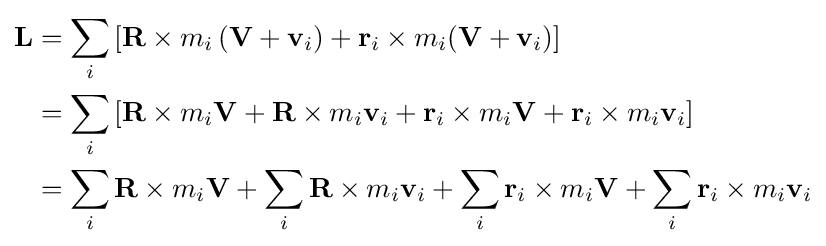
{\begin{aligned}\mathbf {L} &=\sum _{i}\left[\mathbf {R} \times m_{i}\left(\mathbf {V} +\mathbf {v} _{i}\right)+\mathbf {r} _{i}\times m_{i}(\mathbf {V} +\mathbf {v} _{i})\right]\\&=\sum _{i}\left[\mathbf {R} \times m_{i}\mathbf {V} +\mathbf {R} \times m_{i}\mathbf {v} _{i}+\mathbf {r} _{i}\times m_{i}\mathbf {V} +\mathbf {r} _{i}\times m_{i}\mathbf {v} _{i}\right]\\&=\sum _{i}\mathbf {R} \times m_{i}\mathbf {V} +\sum _{i}\mathbf {R} \times m_{i}\mathbf {v} _{i}+\sum _{i}\mathbf {r} _{i}\times m_{i}\mathbf {V} +\sum _{i}\mathbf {r} _{i}\times m_{i}\mathbf {v} _{i}\end{aligned}}